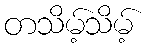
တသိမ့်သိမ့်